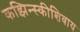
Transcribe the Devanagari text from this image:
कझिन्स्कीशिवाय